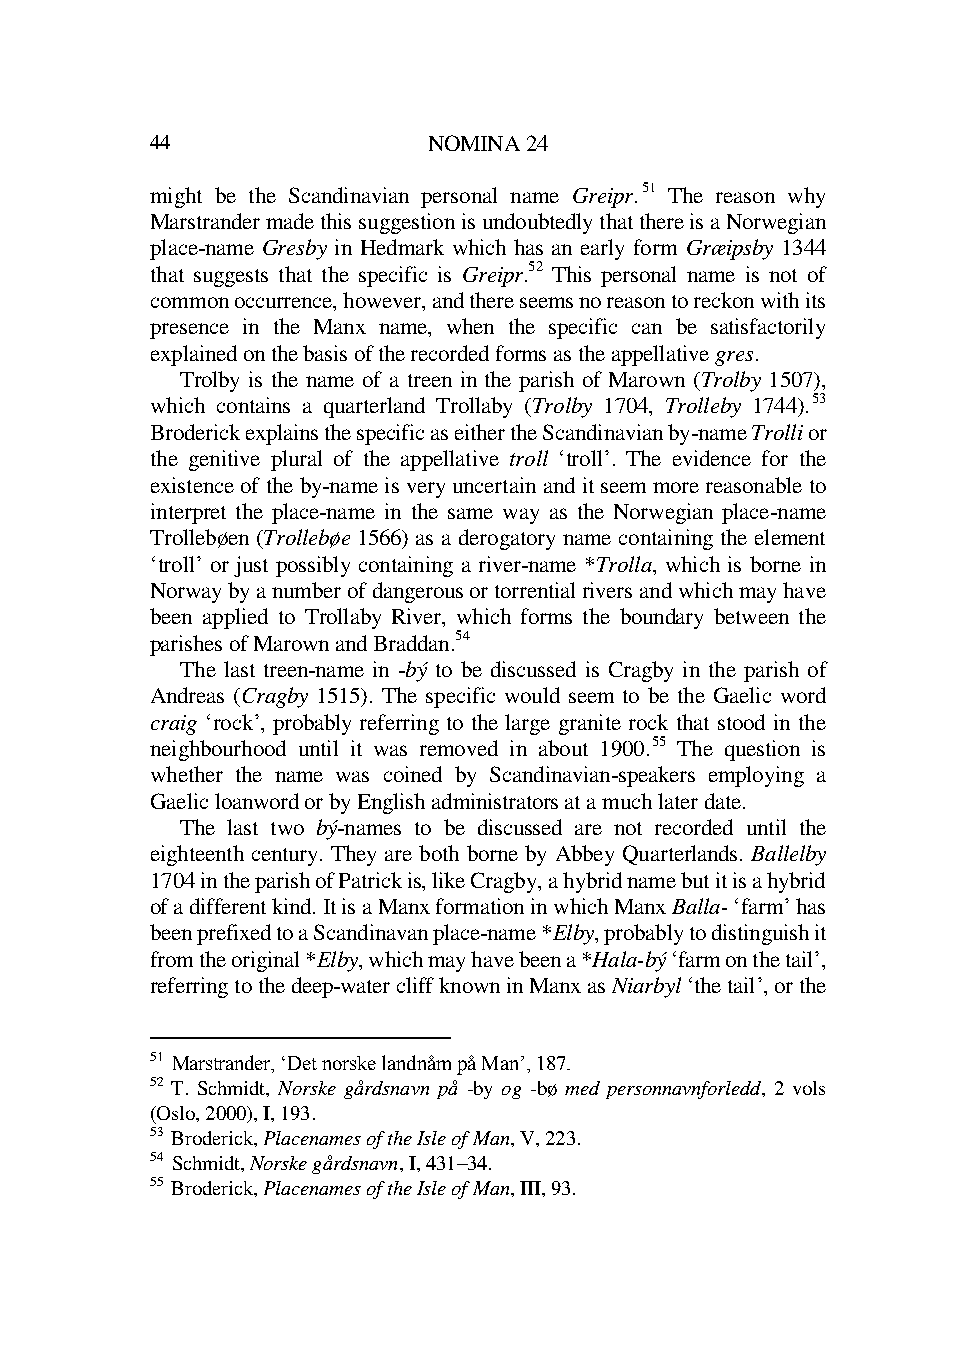
44                NOMINA 24
 might be the Scandinavian personal name Greipr.51 The reason why
 Marstrander made this suggestion is undoubtedly that there is a Norwegian
 place-name Gresby in Hedmark which has an early form Græipsby 1344
 that suggests that the specific is Greipr.52 This personal name is not of
 common occurrence, however, and there seems no reason to reckon with its
 presence in the Manx name, when the specific can be satisfactorily
 explained on the basis of the recorded forms as the appellative gres.
 Trolby is the name of a treen in the parish of Marown (Trolby 1507),
 which contains a quarterland Trollaby (Trolby 1704, Trolleby 1744).53
 Broderick explains the specific as either the Scandinavian by-name Trolli or
 the genitive plural of the appellative troll ‘troll’. The evidence for the
 existence of the by-name is very uncertain and it seem more reasonable to
 interpret the place-name in the same way as the Norwegian place-name
 Trollebøen (Trollebøe 1566) as a derogatory name containing the element
 ‘troll’ or just possibly containing a river-name *Trolla, which is borne in
 Norway by a number of dangerous or torrential rivers and which may have
 been applied to Trollaby River, which forms the boundary between the
 parishes of Marown and Braddan.54
 The last treen-name in -bý to be discussed is Cragby in the parish of
 Andreas (Cragby 1515). The specific would seem to be the Gaelic word
 craig ‘rock’, probably referring to the large granite rock that stood in the
 neighbourhood until it was removed in about 1900.55 The question is
 whether the name was coined by Scandinavian-speakers employing a
 Gaelic loanword or by English administrators at a much later date.
 The last two bý-names to be discussed are not recorded until the
 eighteenth century. They are both borne by Abbey Quarterlands. Ballelby
 1704 in the parish of Patrick is, like Cragby, a hybrid name but it is a hybrid
 of a different kind. It is a Manx formation in which Manx Balla- ‘farm’ has
 been prefixed to a Scandinavan place-name *Elby, probably to distinguish it
 from the original *Elby, which may have been a *Hala-bý ‘farm on the tail’,
 referring to the deep-water cliff known in Manx as Niarbyl ‘the tail’, or the
 51 Marstrander, ‘Det norske landnåm på Man’, 187.
 52 T. Schmidt, Norske gårdsnavn på -by og -bø med personnavnforledd, 2 vols
 (Oslo, 2000), I, 193.
 53 Broderick, Placenames of the Isle of Man, V, 223.
 54 Schmidt, Norske gårdsnavn, I, 431–34.
 55 Broderick, Placenames of the Isle of Man, III, 93.